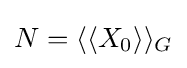
N=\langle \langle X_{0}\rangle \rangle _{G}